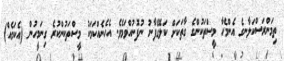
ތިމަންރަސްކަލާނގެ އެންމެހާ މީސްތަކުންގެ ގާތަކަށް ކަލޭގެފާނު ނުފޮނުއްވަމެވެ. އެހެނެއްކަމަކު މީސްތަކުންކުރެ ގިނަމީހުން (އެކަމެއް)